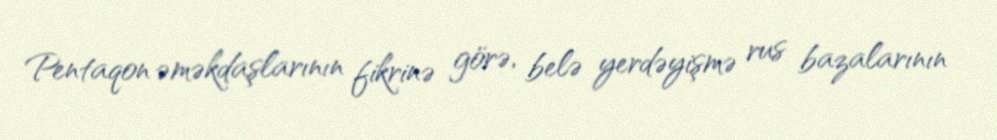
Pentaqon əməkdaşlarının fikrinə görə, belə yerdəyişmə rus bazalarının